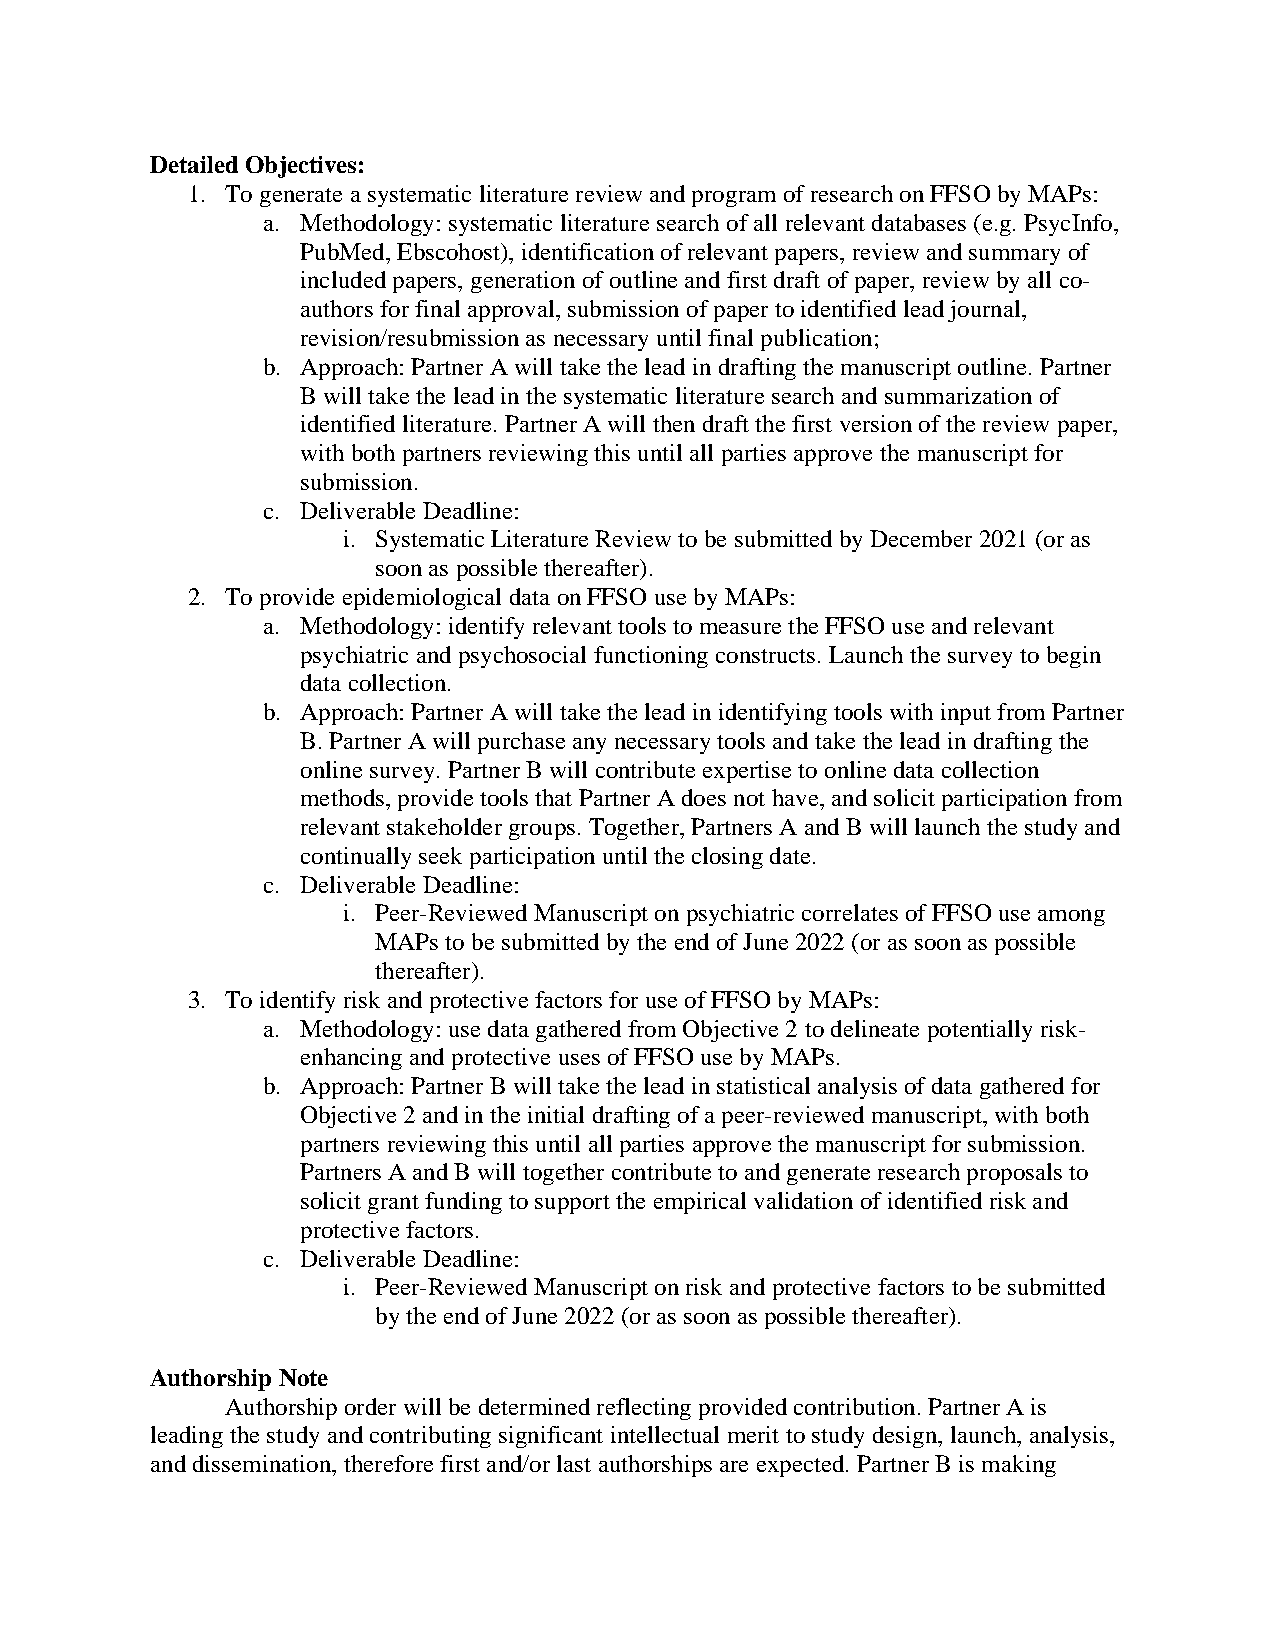
Detailed Objectives:
 1. To generate a systematic literature review and program of research on FFSO by MAPs:
 a. Methodology: systematic literature search of all relevant databases (e.g. PsycInfo,
 PubMed, Ebscohost), identification of relevant papers, review and summary of
 included papers, generation of outline and first draft of paper, review by all co-
 authors for final approval, submission of paper to identified lead journal,
 revision/resubmission as necessary until final publication;
 b. Approach: Partner A will take the lead in drafting the manuscript outline. Partner
 B will take the lead in the systematic literature search and summarization of
 identified literature. Partner A will then draft the first version of the review paper,
 with both partners reviewing this until all parties approve the manuscript for
 submission.
 c. Deliverable Deadline:
 i. Systematic Literature Review to be submitted by December 2021 (or as
 soon as possible thereafter).
 2. To provide epidemiological data on FFSO use by MAPs:
 a. Methodology: identify relevant tools to measure the FFSO use and relevant
 psychiatric and psychosocial functioning constructs. Launch the survey to begin
 data collection.
 b. Approach: Partner A will take the lead in identifying tools with input from Partner
 B. Partner A will purchase any necessary tools and take the lead in drafting the
 online survey. Partner B will contribute expertise to online data collection
 methods, provide tools that Partner A does not have, and solicit participation from
 relevant stakeholder groups. Together, Partners A and B will launch the study and
 continually seek participation until the closing date.
 c. Deliverable Deadline:
 i. Peer-Reviewed Manuscript on psychiatric correlates of FFSO use among
 MAPs to be submitted by the end of June 2022 (or as soon as possible
 thereafter).
 3. To identify risk and protective factors for use of FFSO by MAPs:
 a. Methodology: use data gathered from Objective 2 to delineate potentially risk-
 enhancing and protective uses of FFSO use by MAPs.
 b. Approach: Partner B will take the lead in statistical analysis of data gathered for
 Objective 2 and in the initial drafting of a peer-reviewed manuscript, with both
 partners reviewing this until all parties approve the manuscript for submission.
 Partners A and B will together contribute to and generate research proposals to
 solicit grant funding to support the empirical validation of identified risk and
 protective factors.
 c. Deliverable Deadline:
 i. Peer-Reviewed Manuscript on risk and protective factors to be submitted
 by the end of June 2022 (or as soon as possible thereafter).
 Authorship Note
 Authorship order will be determined reflecting provided contribution. Partner A is
 leading the study and contributing significant intellectual merit to study design, launch, analysis,
 and dissemination, therefore first and/or last authorships are expected. Partner B is making